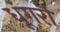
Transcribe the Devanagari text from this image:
धूंगरी